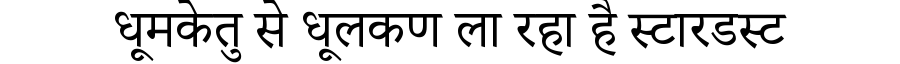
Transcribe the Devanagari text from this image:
धूमकेतु से धूलकण ला रहा है स्टारडस्ट